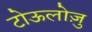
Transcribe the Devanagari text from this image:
टोऊलोज़ु